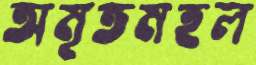
অমৃতমহল